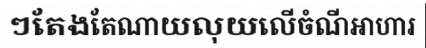
ៗតែងតែណាយលុយលើចំណីអាហារ